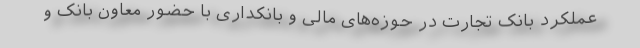
عملکرد بانک تجارت در حوزه‌های مالی و بانکداری با حضور معاون بانک و